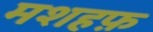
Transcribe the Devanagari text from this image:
मशहफ़